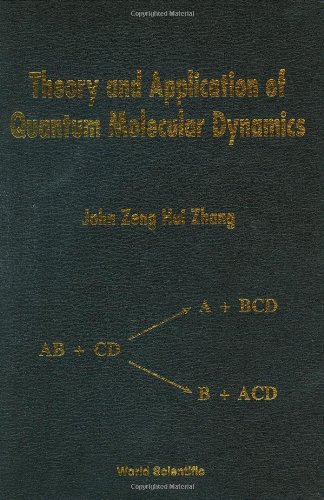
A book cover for Quantum Theory & Applications of Chemical Reaction Dynamics; John Zh Zhang; Science & Math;